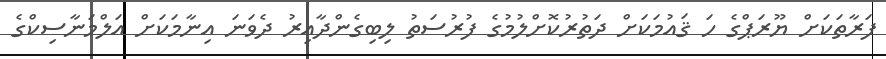
ފަރާތަކަށް ޔޫރަޕްގެ ހަ ޤައުމަކަށް ދަތުރުކޮށްލުމުގެ ފުރުސަތު ލިބިގެންދާއިރު ދެވަނަ އިނާމަކަށް އަލްމަނާސިކްގެ